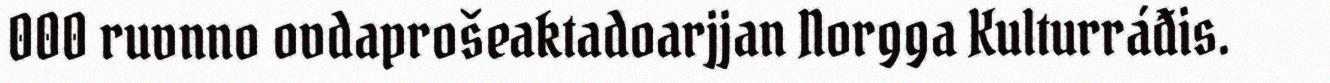
000 ruvnno ovdaprošeaktadoarjjan Norgga Kulturráđis.